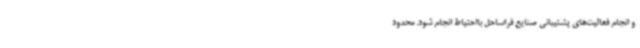
و انجام فعالیت‌های پشتیبانی صنایع فراساحل بااحتیاط انجام شود. محدود